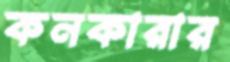
কনকারার